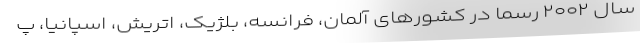
سال ۲۰۰۲ رسماً در کشورهای آلمان، فرانسه، بلژیک، اتریش، اسپانیا، پ